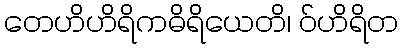
တေဟိဟိရိကဓိရိယေတိ၊ ဝ်ဟိရိတ